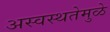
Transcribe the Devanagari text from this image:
अस्वस्थतेमुळे